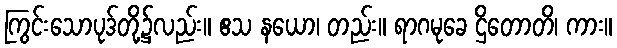
ကြွင်းသောပုဒ်တို့၌လည်း။ ဧသ နယော၊ တည်း။ ရာဂမုခေ ဌိတောတိ၊ ကား။